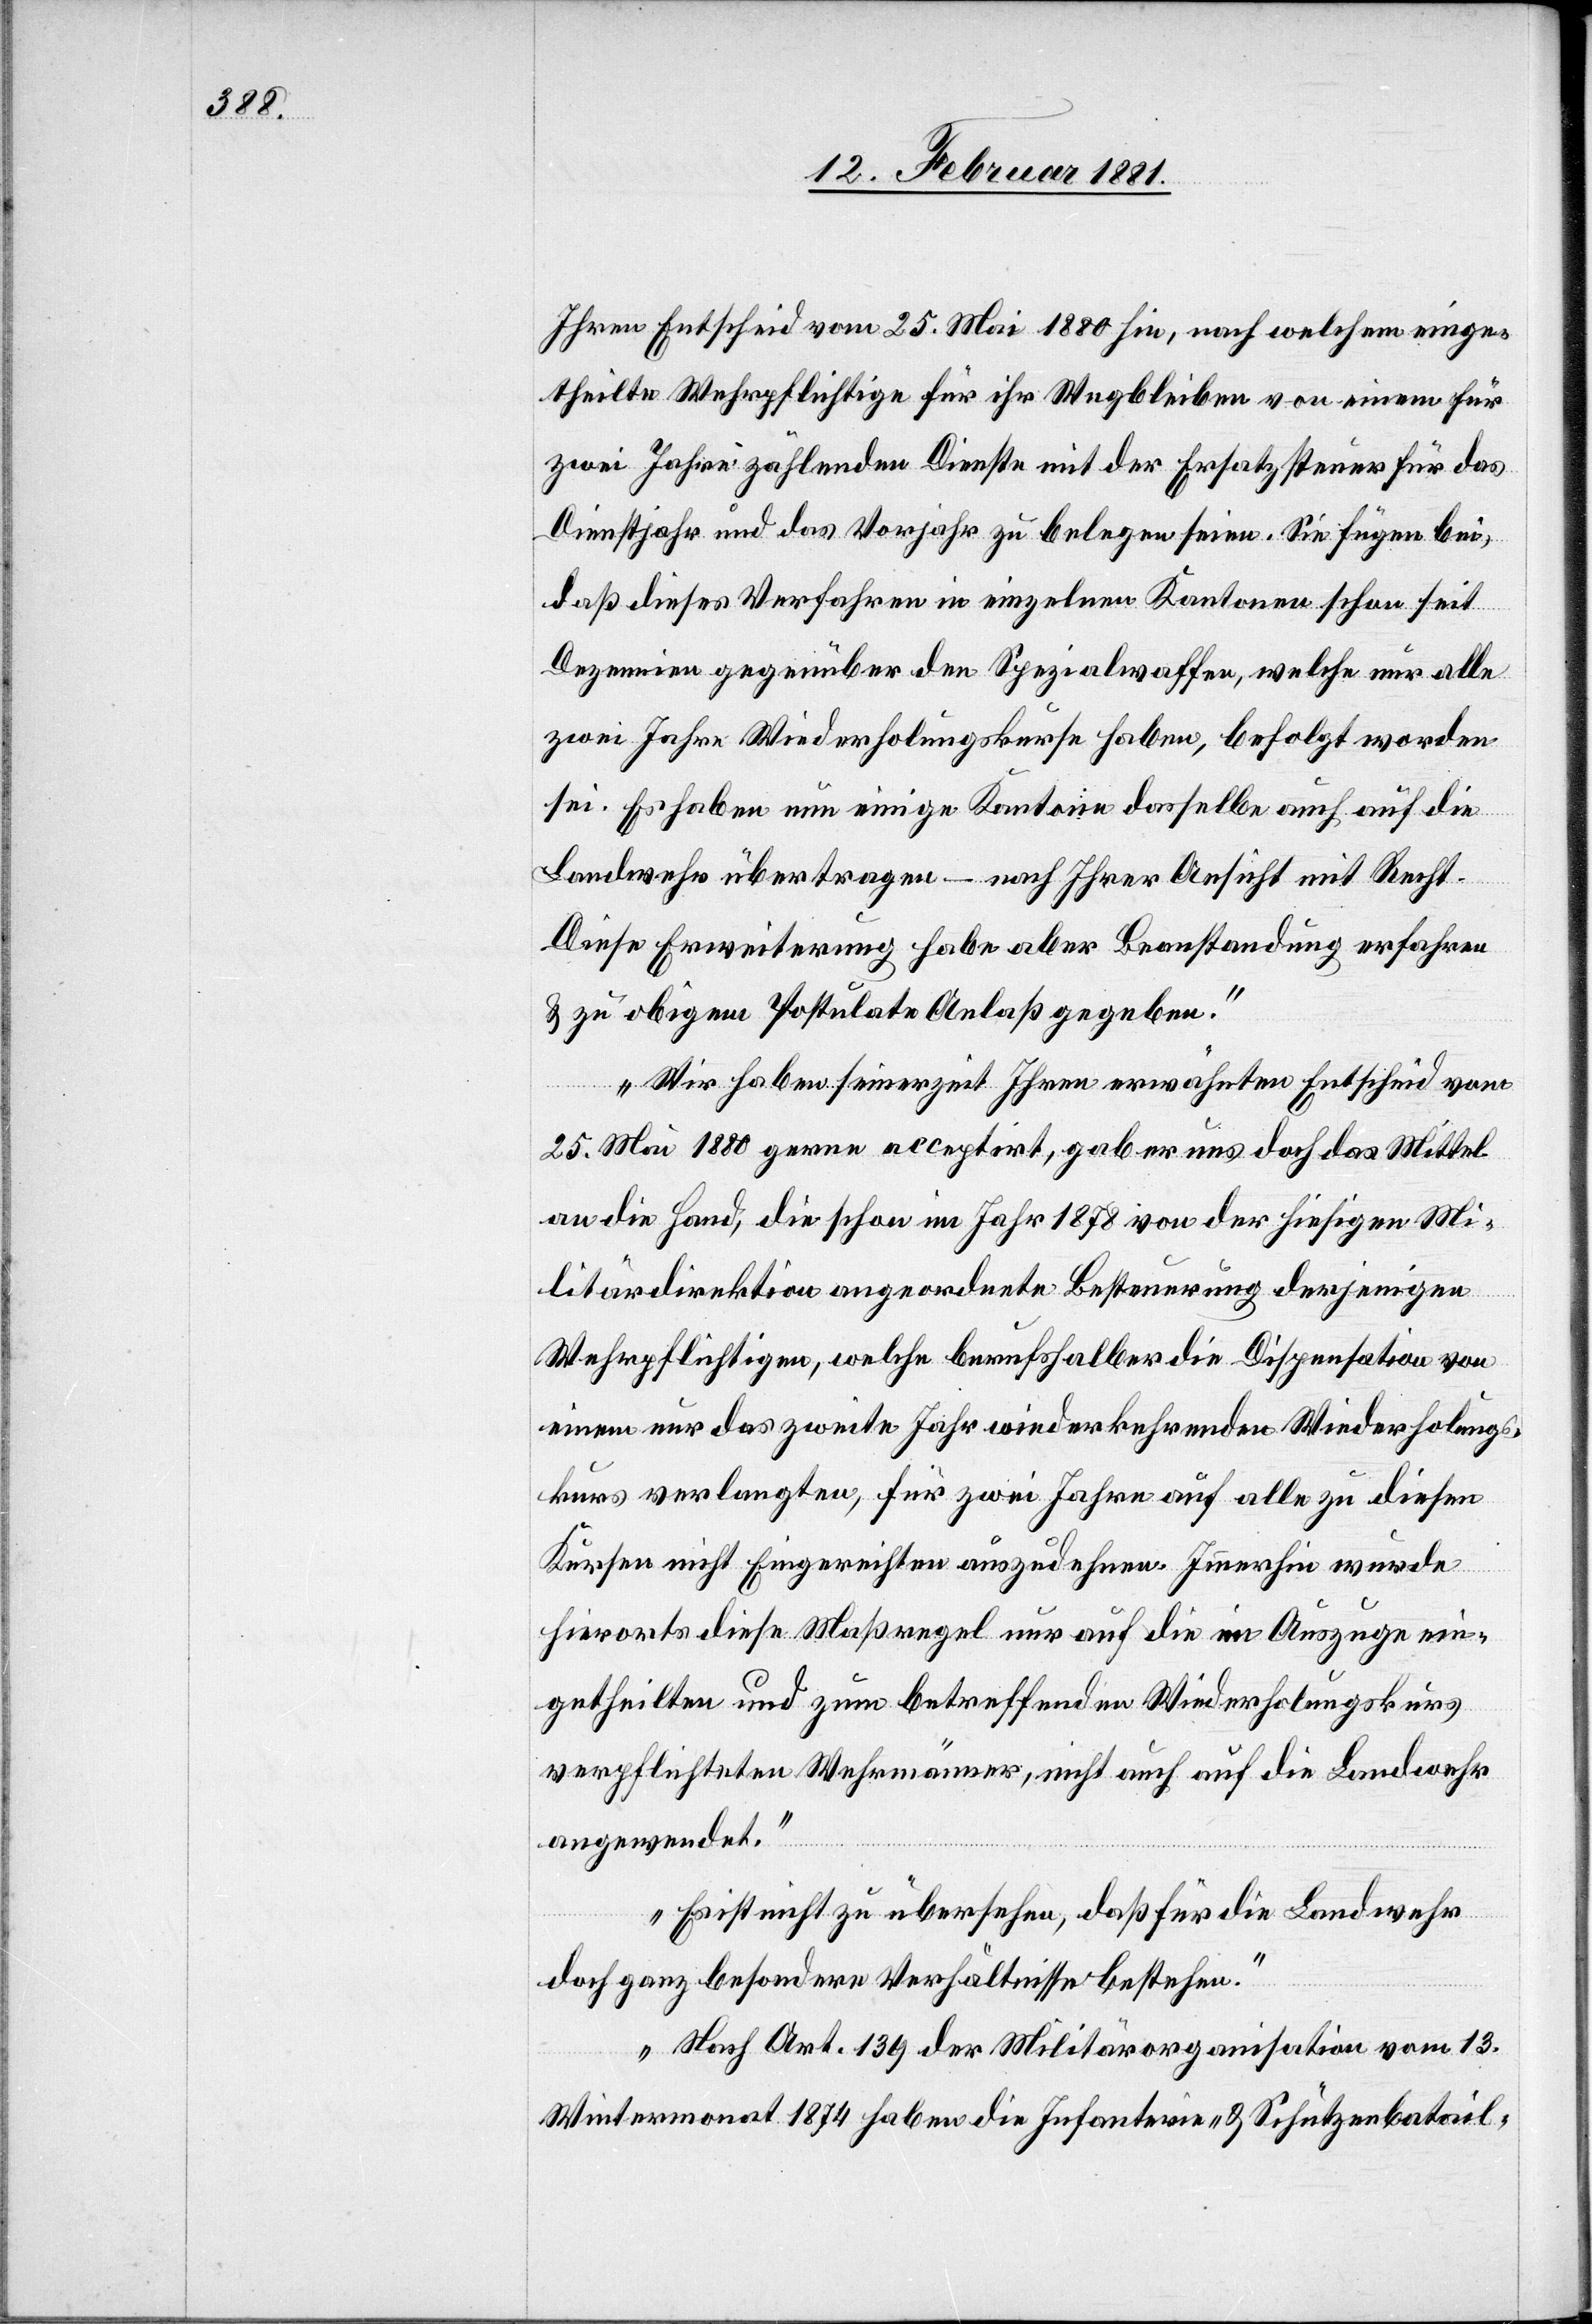
Ihren Entscheid vom 25. Mai 1880 hin, nach welchem einge¬
theilte Wehrpflichtige für ihr Wegbleiben von einem für
zwei Jahre zählenden Dienste mit der Ersatzsteuer für das
Dienstjahr und das Vorjahr zu belegen seien. Sie fügen bei,
daß dieses Verfahren in einzelnen Kantonen schon seit
Dezennien gegenüber den Spezialwaffen, welche nur alle
zwei Jahre Wiederholungskurse haben, befolgt worden
sei. Es haben nun einige Kantone dasselbe auch auf die
Landwehr übertragen – nach Ihrer Ansicht mit Recht.
Diese Erweiterung habe aber Beanstandung erfahren
& zu obigem Postulate Anlaß gegeben.
Wir haben seinerzeit Ihren erwähnten Entscheid vom
25. Mai 1880 gerne acceptirt, gab er uns doch Mittel
an die Hand, die schon im Jahr 1878 von der hiesigen Mi¬
litärdirektion angeordnete Besteuerung derjenigen
Wehrpflichtigen, welche berufshalber die Dispensation von
einem nur das zweite Jahr wiederkehrenden Wiederholungs¬
kurs verlangten, für zwei Jahre auf alle zu diesen
Kursen nicht Eingereichten auszudehnen. Immerhin wurde
hierorts diese Maßregel nur auf die im Auszuge ein¬
getheilten und zum betreffenden Wiederholungskurs
verpflichteten Wehrmänner, nicht auch auf die Landwehr
angewendet.
Es ist nicht zu übersehen, daß für die Landwehr
doch ganz besondere Verhältnisse bestehen.
Nach Art. 139 der Militärorganisation vom 13.
Wintermonat 1874 haben die Infanterie- & Schützenbatail-